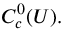
C _ { c } ^ { 0 } ( U ) .